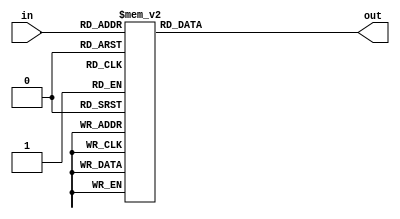
module seven_segment_decoder(in, out);
  output reg [6:0] out;
  input [3:0] in;
 
  // out format {g, f, e, d, c, b, a}
 
  always @(in)
    case (in)
      4'h0: out = ~(7'b0000000);
      4'h1: out = ~(7'b0000001);
      4'h2: out = ~(7'b1011011);
      4'h3: out = ~(7'b1001111);
      4'h4: out = ~(7'b1100110);
      4'h5: out = ~(7'b1101101);
      4'h6: out = ~(7'b1111101);
      4'h7: out = ~(7'b0000111);
      4'h8: out = ~(7'b1111111);
      4'h9: out = ~(7'b1101111);
      4'hA: out = ~(7'b1110111);
      4'hB: out = ~(7'b1111100);
      4'hC: out = ~(7'b0111001);
      4'hD: out = ~(7'b1011110);
      4'hE: out = ~(7'b1111001);
      4'hF: out = ~(7'b1110001);
      default: out = ~(7'b0000000);
    endcase
endmodule